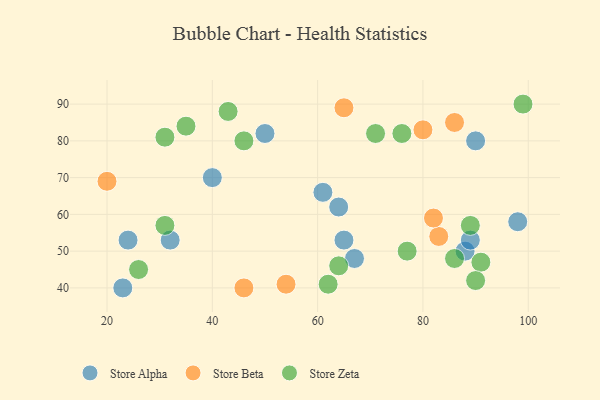
{"axis": {"x": "GDP", "y": "Life Expectancy"}, "legend": ["Store Alpha", "Store Beta", "Store Zeta"], "data": [{"x": "98", "y": 58, "type": "Store Alpha"}, {"x": "67", "y": 48, "type": "Store Alpha"}, {"x": "65", "y": 53, "type": "Store Alpha"}, {"x": "90", "y": 80, "type": "Store Alpha"}, {"x": "61", "y": 66, "type": "Store Alpha"}, {"x": "40", "y": 70, "type": "Store Alpha"}, {"x": "88", "y": 50, "type": "Store Alpha"}, {"x": "64", "y": 62, "type": "Store Alpha"}, {"x": "50", "y": 82, "type": "Store Alpha"}, {"x": "89", "y": 53, "type": "Store Alpha"}, {"x": "32", "y": 53, "type": "Store Alpha"}, {"x": "24", "y": 53, "type": "Store Alpha"}, {"x": "23", "y": 40, "type": "Store Alpha"}, {"x": "54", "y": 41, "type": "Store Beta"}, {"x": "65", "y": 89, "type": "Store Beta"}, {"x": "46", "y": 40, "type": "Store Beta"}, {"x": "83", "y": 54, "type": "Store Beta"}, {"x": "80", "y": 83, "type": "Store Beta"}, {"x": "82", "y": 59, "type": "Store Beta"}, {"x": "20", "y": 69, "type": "Store Beta"}, {"x": "86", "y": 85, "type": "Store Beta"}, {"x": "62", "y": 41, "type": "Store Zeta"}, {"x": "86", "y": 48, "type": "Store Zeta"}, {"x": "89", "y": 57, "type": "Store Zeta"}, {"x": "76", "y": 82, "type": "Store Zeta"}, {"x": "71", "y": 82, "type": "Store Zeta"}, {"x": "35", "y": 84, "type": "Store Zeta"}, {"x": "43", "y": 88, "type": "Store Zeta"}, {"x": "64", "y": 46, "type": "Store Zeta"}, {"x": "26", "y": 45, "type": "Store Zeta"}, {"x": "91", "y": 47, "type": "Store Zeta"}, {"x": "90", "y": 42, "type": "Store Zeta"}, {"x": "99", "y": 90, "type": "Store Zeta"}, {"x": "31", "y": 81, "type": "Store Zeta"}, {"x": "31", "y": 57, "type": "Store Zeta"}, {"x": "46", "y": 80, "type": "Store Zeta"}, {"x": "77", "y": 50, "type": "Store Zeta"}]}